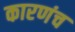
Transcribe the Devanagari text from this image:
कारणंच